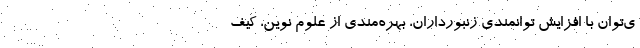
ی‌توان با افزایش توانمندی زنبورداران، بهره‌مندی از علوم نوین، کیف